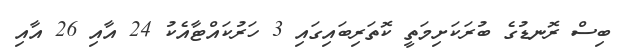
ބިސް ރޮނޑުގެ ބުރަކަށިމަތީ ކޮތަރިބައިގައި 3 ހަރުކައްޓާއެކު 24 އާއި 26 އާއި